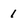
Character: 1